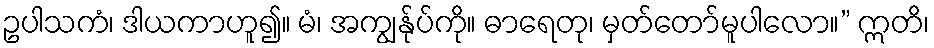
ဥပါသကံ၊ ဒါယကာဟူ၍။ မံ၊ အကျွန်ုပ်ကို။ ဓာရေတု၊ မှတ်တော်မူပါလော။” ဣတိ၊